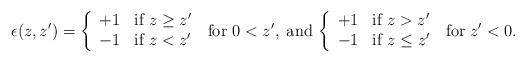
LaTeX: \begin{align*}\epsilon(z,z')=\left\{\begin{array}{ll}+1 & \mbox{if} \ z \ge z' \\-1 & \mbox{if} \ z < z' \end{array}\right. \; \mbox{for}\ 0<z',\; \mbox{and}\,\left\{\begin{array}{ll}+1 & \mbox{if} \ z > z' \\-1 & \mbox{if} \ z \leq z' \end{array}\right. \; \mbox{for}\; z'<0.\end{align*}